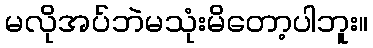
မလိုအပ်ဘဲမသုံးမိတော့ပါဘူး။